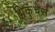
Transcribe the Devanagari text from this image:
पिकुंचेस